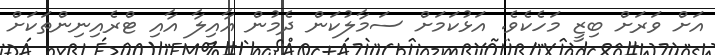
އަށް ވަރަށް ބިޒީ މަހެކެވެ. އަޅުކަމަށް ސަމާލުކަން ދެމުން އާއިލާ އާއި ޓްރެއިނިންތަކަށް